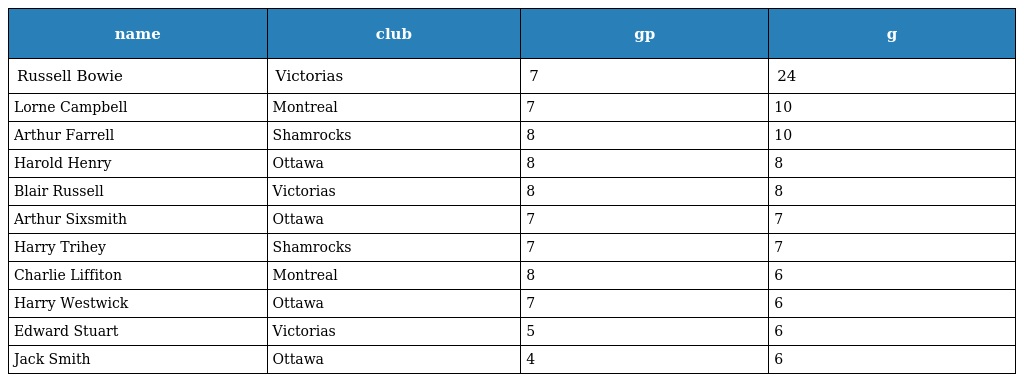
| name | club | gp | g |
 | --- | --- | --- | --- |
 | Russell Bowie | Victorias | 7 | 24 |
 | Lorne Campbell | Montreal | 7 | 10 |
 | Arthur Farrell | Shamrocks | 8 | 10 |
 | Harold Henry | Ottawa | 8 | 8 |
 | Blair Russell | Victorias | 8 | 8 |
 | Arthur Sixsmith | Ottawa | 7 | 7 |
 | Harry Trihey | Shamrocks | 7 | 7 |
 | Charlie Liffiton | Montreal | 8 | 6 |
 | Harry Westwick | Ottawa | 7 | 6 |
 | Edward Stuart | Victorias | 5 | 6 |
 | Jack Smith | Ottawa | 4 | 6 |